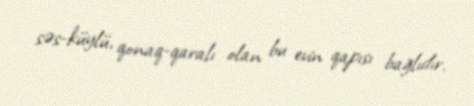
səs-küylü, qonaq-qaralı olan bu evin qapısı bağlıdır.